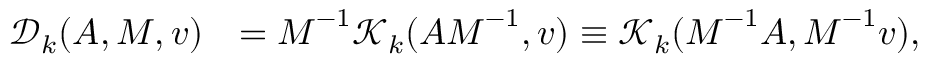
\begin{array} { r l } { \mathcal { D } _ { k } ( \boldsymbol { A } , \boldsymbol { M } , \boldsymbol { v } ) } & { = \boldsymbol { M } ^ { - 1 } \mathcal { K } _ { k } ( \boldsymbol { A } \boldsymbol { M } ^ { - 1 } , \boldsymbol { v } ) \equiv \mathcal { K } _ { k } ( \boldsymbol { M } ^ { - 1 } \boldsymbol { A } , \boldsymbol { M } ^ { - 1 } \boldsymbol { v } ) , } \end{array}